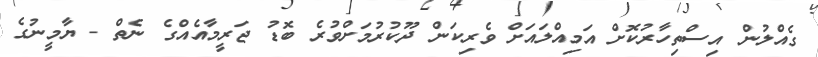
ގެއްލުން އިސްތިހާރުކޮށް އަމިއްލައަށް ވެރިކަން ދޫކުރުމަށްވުރެ ބޮޑު ޖަރީމާއެއްގެ ނެތް - ޔާމީނުގެ